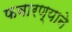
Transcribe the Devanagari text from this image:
फवारण्याने